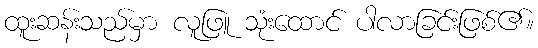
ထူးဆန်းသည်မှာ လူဖြူ သုံးထောင် ပါလာခြင်းဖြစ်၏။